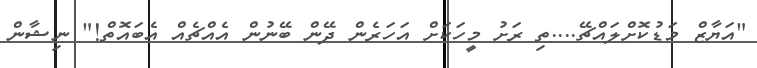
"އަޔާޒް މަޑުކޮށްލައްޗޭ....ތި ރަށު މީހަކަށް އަހަރެން ދޭން ބޭނުން އެއްޗެއް އެބައޮތް!" ނިޝާން